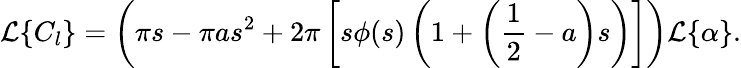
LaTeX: \mathcal{L}\{ C_{l}\} =\left(\pi s-\pi as^{2}+2\pi\left[s\phi(s)\left(1+\left(\frac{1}{2}-a\right)s\right)\right]\right)\mathcal{L}\{ \alpha\} .